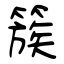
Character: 簇